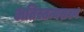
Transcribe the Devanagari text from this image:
अतिस्तन्यस्रवण